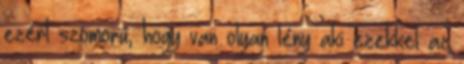
ezért szomorú, hogy van olyan lény aki ezekkel az